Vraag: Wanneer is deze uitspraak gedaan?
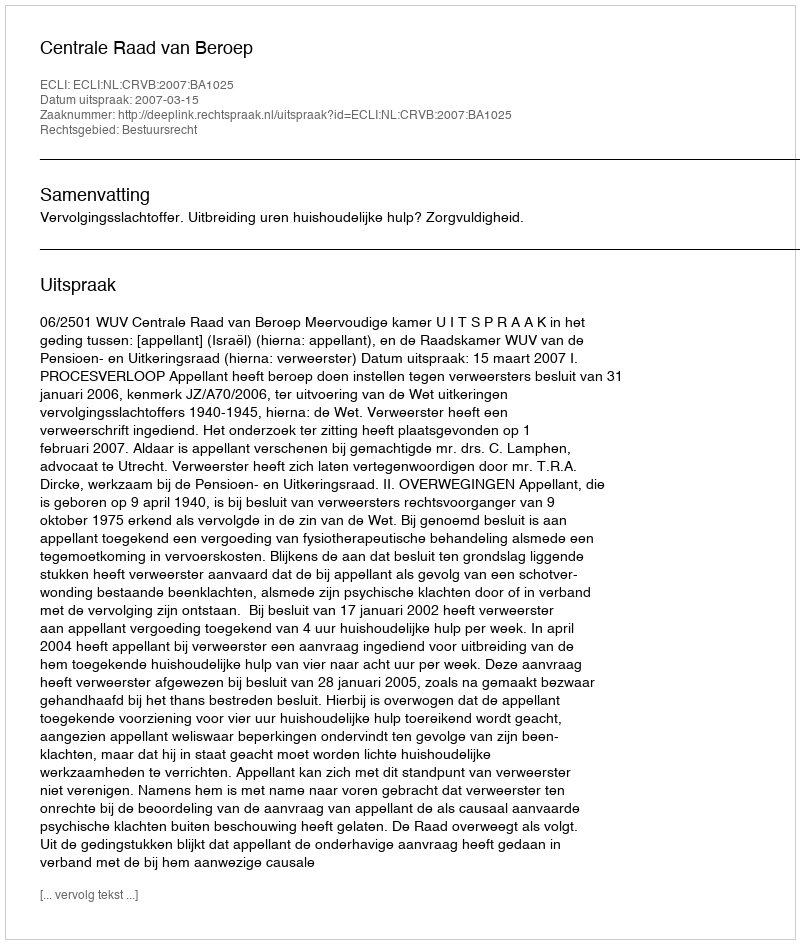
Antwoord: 2007-03-15